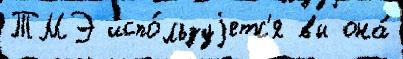
ТМЭ испо́льзуjетс'я вы она́